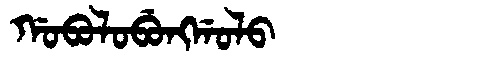
Manchu: ᡤᠣᠪᠣᠯᠣᠪᡠᠩᡤᠣᠯᠣ
Romanization: GOBOLOBUNGGOLO